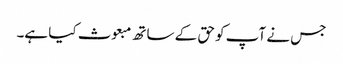
جس نے آپ کو حق کے ساتھ مبعوث کیا ہے۔